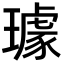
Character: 璩